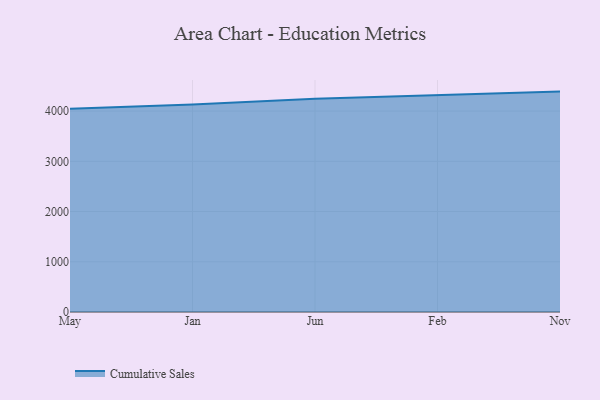
{"axis": {"x": "Month", "y": "Active Users"}, "legend": ["Cumulative Sales"], "data": [{"x": "May", "y": 4046.3, "type": "Cumulative Sales"}, {"x": "Jan", "y": 4129.0, "type": "Cumulative Sales"}, {"x": "Jun", "y": 4243.3, "type": "Cumulative Sales"}, {"x": "Feb", "y": 4309.4, "type": "Cumulative Sales"}, {"x": "Nov", "y": 4387.4, "type": "Cumulative Sales"}]}